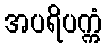
အပရိပက္ကံ